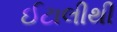
ઈટાલીથી